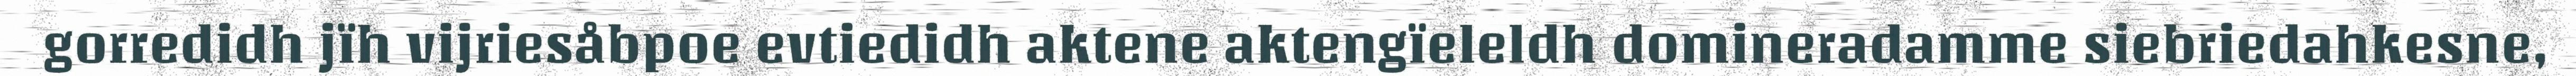
gorredidh jïh vijriesåbpoe evtiedidh aktene aktengïeleldh domineradamme siebriedahkesne,